Vaccination returns of the Province of Eastern Bengal and Assam - 1905-1912
Year: 1905
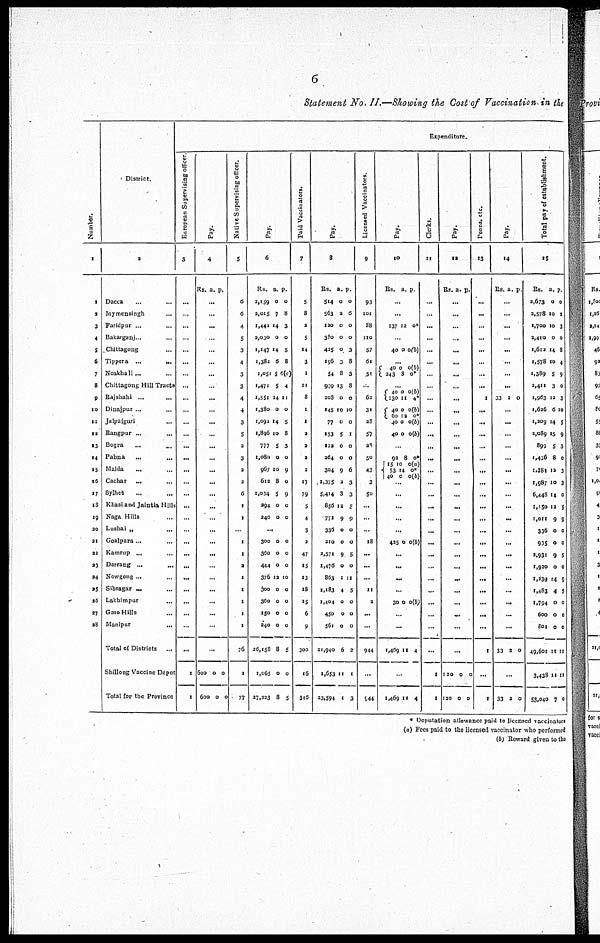
6
Statement No. II.—Showing the Cost of Vaccination in the
Number.
1
1
2
3
4
5
6
7
8
9
10
11
12
13
14
15
16
17
18
19
20
21
22
23
24
25
26
27
28
District.
2
Dacca... ...
Mymensingh... ...
Faridpur... ...
Bakarganj... ...
Chittagong... ...
Tippera...
...
Noakhali... ... ...
Chittagong Hill Tracts
Rajshahi... ...
Dinajpur ...
Jalpaiguri... ... ...
Bangpur... ...
Bogra...
...
Pabna... ... ...
Malda... ... ...
Cachar... ... ...
Sylhet... ... ...
Khasi and Jalntia Hills
Naga Hills...
Lushai „ ...
Goalpara... ...
Kamrup... ... ...
Darrang... ...
Nowgong... ...
Sibsagar... ...
Lakhimpur...
Garo Hills... ...
Manipur...
...
Total of Districts... ...
Shillong Vaccine Depot
Total for the Province
Expenditure.
European Supervising officer.
3
...
...
...
...
...
...
...
...
...
...
...
...
...
...
...
...
...
...
...
...
...
...
...
...
...
...
...
...
...
1
1
Pay.
4
Rs. a. p.
...
...
...
...
...
...
...
...
...
...
...
...
...
...
...
...
...
...
...
...
...
...
...
...
...
...
...
...
...
600
600
0
0
0
0
Native Supervising officer.
5
6
6
4
5
3
4
3
3
4
4
3
5
2
3
3
2
6
1
1
...
1
1
2
1
1
1
1
1
76
1
77
Pay.
6
Rs.
2,159
2,015
1,442
2,030
1,147
1,382
1,051
1,471
1,551
1,380
1,092
1,896
777
1,080
967
612
1,034
294
240
a.
0
7
14
0
14
6
5
5
14
0
14
10
5
0
10
8
5
0
0
p.
0
8
3
0
5
8
5(c)
4
11
0
5
8
3
0
9
0
9
0
0
...
300
360
444
376
300
360
150
240
26,158
1,065
27,223
0
0
0
12
0
0
0
0
8
0
8
0
0
0
10
0
0
0
0
5
0
5
Paid Vaccinators.
7
5
8
...
...
14
...
1
11
8
1
1
2
2
2
2
17
79
5
4
3
2
47
15
13
18
15
6
9
300
16
316
Pay.
8
Rs.
514
563
120
380
425
196
54
939
208
145
77
153
122
264
304
1,375
5,414
856
771
336
210
2,571
1,476
863
1,183
1,404
450
561
21,940
1,653
23,594
a.
0
2
0
0
0
3
8
13
0
10
0
5
0
0
9
2
3
12
9
0
0
9
0
1
4
0
0
0
6
11
1
p.
0
6
0
0
3
8
3
8
0
10
0
1
0
0
6
3
3
5
9
0
0
5
0
11
5
0
0
0
2
1
3
Licensed Vaccinators.
9
93
101
88
110
57
61
51
...
62
31
28
57
23
50
43
3
50
...
...
...
18
...
...
...
11
2
...
...
944
...
944
Pay.
10
Rs. a. p.
...
...
137 12 0*
...
40 0 o(b)
...
40
243
0
8
0(b)
0*
...
40
l30
40
60
40
40
0
11
0
12
0
0
0(b)
4*
0(b)
0*
0(b)
0(b)
...
92
151
53
40
8
0
14
0
0*
0(a)
0*
0(b)
... ...
...
...
...
425 0 0(b)
...
...
...
...
30 0 0(b)
...
...
1,469 11
4
...
1,469 11 4
Clerks.
11
...
...
...
...
...
...
...
...
...
...
...
...
...
...
...
...
...
...
...
...
...
...
...
...
...
...
...
...
...
1
1
Pay.
12
Rs. a. p.
...
...
...
...
...
...
...
...
...
...
...
...
...
...
...
...
...
...
...
...
...
...
...
...
...
...
...
...
...
120
120
0
0
0
0
Peons, etc.
13
...
...
...
...
...
...
...
...
1
...
...
...
...
...
...
...
...
...
...
...
...
...
...
...
...
...
...
...
1
...
1
Pay.
14
Rs. a. p.
...
...
...
...
...
...
...
...
33 2 0
...
...
...
...
...
...
...
...
...
...
...
...
...
...
...
...
...
...
...
33 2 0
...
33 2 0
Total pay of establishment.
15
Rs.
2,673
2,578
1,700
2,410
1,612
1,578
1,389
2,411
1,963
1,626
1,209
2,089
899
1,436
1,381
1,987
6,448
1,150
1,011
336
935
2,931
1,920
1,239
1,483
1,794
600
801
49,601
3,438
53,040
a.
0
10
10
0
14
10
5
3
12
6
14
15
5
8
12
10
14
12
9
0
0
9
0
14
4
0
0
0
11
11
7
p.
0
2
3
0
8
4
9
0
3
10
5
9
3
0
3
3
0
5
9
0
0
5
0
9
5
0
0
0
11
11
0
* Deputation allowance paid to licensed vaccinators
(a) Fees paid to the licensed vaccinator who performed
(b) Reward given to the